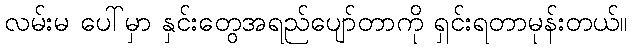
လမ်းမ ပေါ်မှာ နှင်းတွေအရည်ပျော်တာကို ရှင်းရတာမုန်းတယ်။